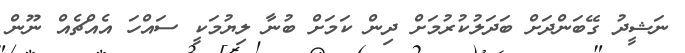
ނަޝީދު ގޭބަންދަށް ބަދަލުކުރުމަށް ދިން ކަމަށް ބުނާ ލިޔުމަކީ ސައްހަ އެއްޗެއް ނޫން